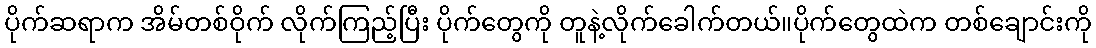
ပိုက်ဆရာက အိမ်တစ်ဝိုက် လိုက်ကြည့်ပြီး ပိုက်တွေကို တူနဲ့လိုက်ခေါက်တယ်။ပိုက်တွေထဲက တစ်ချောင်းကို